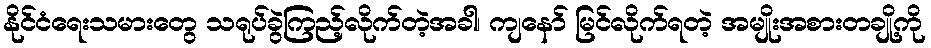
နိုင်ငံရေးသမားတွေ သရုပ်ခွဲကြည့်လိုက်တဲ့အခါ၊ ကျနော် မြင်လိုက်ရတဲ့ အမျိုးအစားတချို့ကို